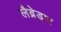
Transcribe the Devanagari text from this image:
लैब्रेडार